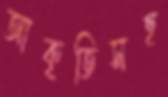
আকৃতিসহ